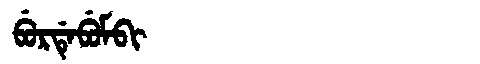
Manchu: ᠪᡠᡵᡩᡝᠪᡠᠮᠪᡳ
Romanization: BURDEBUMBI